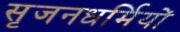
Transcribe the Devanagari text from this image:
सृजनधर्मियों